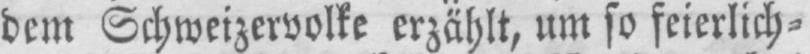
dem Schweizervolke erzählt, um so feierlich⸗